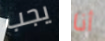
يجب أنا